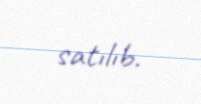
satılıb.